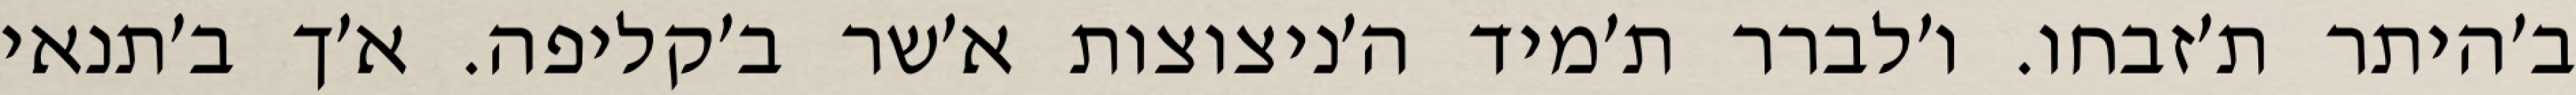
ב׳היתר ת׳זבחו. ו׳לברר ת׳מיד ה׳ניצוצות א׳שר ב׳קליפה. א׳ך ב׳תנאי